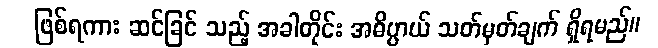
ဖြစ်ရကား ဆင်ခြင် သည့် အခါတိုင်း အဓိပ္ပာယ် သတ်မှတ်ချက် ရှိရမည်။